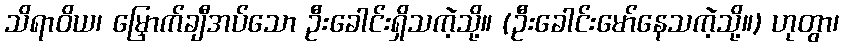
သိရာဝိယ၊ မြှောက်ချီအပ်သော ဦးခေါင်းရှိသကဲ့သို့။ (ဦးခေါင်းမော်နေသကဲ့သို့။) ဟုတွာ၊